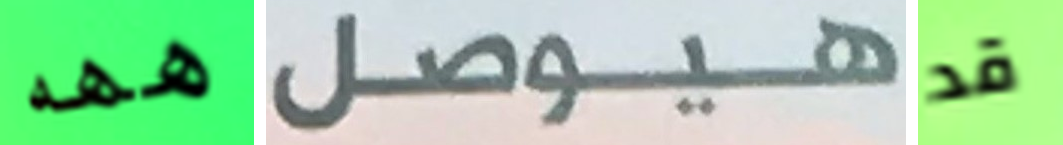
ههه هيوصل قد